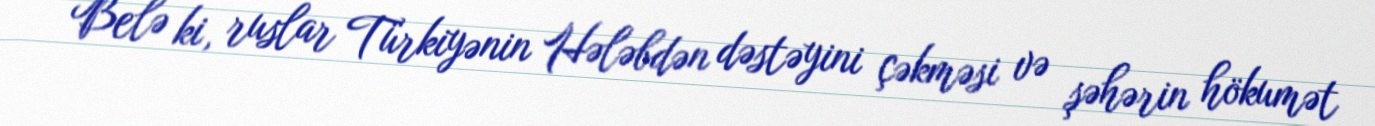
Belə ki, ruslar Türkiyənin Hələbdən dəstəyini çəkməsi və şəhərin hökumət